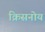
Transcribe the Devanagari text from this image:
क्रिसनोय